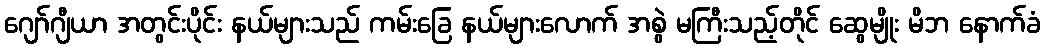
ဂျော်ဂျီယာ အတွင်းပိုင်း နယ်များသည် ကမ်းခြေ နယ်များလောက် အစွဲ မကြီးသည့်တိုင် ဆွေမျိုး မိဘ နောက်ခံ